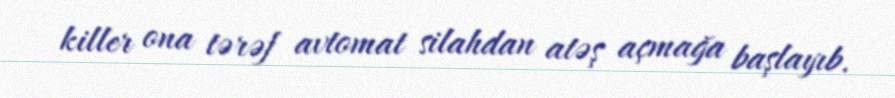
killer ona tərəf avtomat silahdan atəş açmağa başlayıb.